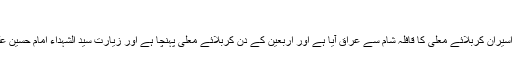
[9]
ان کے برعکس بعض علما کی رائے یہ ہے کہ اسیران کربلائے معلی کا قافلہ شام سے عراق آیا ہے اور اربعین کے دن کربلائے معلی پہنچا ہے اور زیارت سید الشہداء امام حسین علیہ السلام کے بعد مدینہ کی طرف روانہ ہوا ہے۔